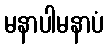
မနာပါမနာပံ